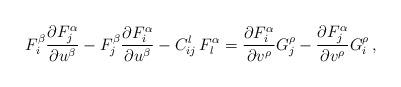
LaTeX: \begin{align*}F^\beta_i{\frac{\partial F^\alpha_j}{\partial u^\beta}}-F^\beta_j{\frac{\partial F^\alpha_i}{\partial u^\beta}}- C^l_{ij}\,F^\alpha_l= {\frac{\partial F^\alpha_i}{\partial v^\rho}}G^\rho_j -{\frac{\partial F^\alpha_j}{\partial v^\rho}}G^\rho_i\,,\end{align*}